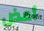
أعض